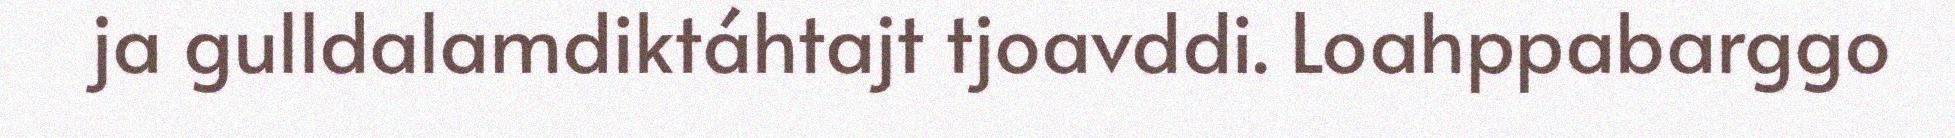
ja gulldalamdiktáhtajt tjoavddi. Loahppabarggo